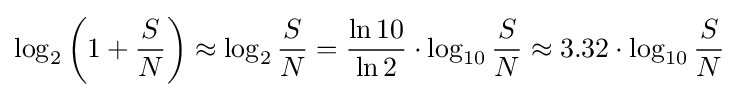
\log _{2}\left(1+{\frac {S}{N}}\right)\approx \log _{2}{\frac {S}{N}}={\frac {\ln 10}{\ln 2}}\cdot \log _{10}{\frac {S}{N}}\approx 3.32\cdot \log _{10}{\frac {S}{N}}